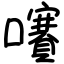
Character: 㘔